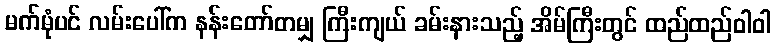
မက်မုံပင် လမ်းပေါ်က နန်းတော်တမျှ ကြီးကျယ် ခမ်းနားသည့် အိမ်ကြီးတွင် ထည်ထည်ဝါဝါ